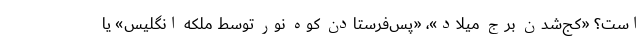
است؟ «کج‌شدن برج میلاد»، «پس‌فرستادن کوه نور توسط ملکه انگلیس» یا